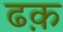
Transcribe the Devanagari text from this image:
ढक़